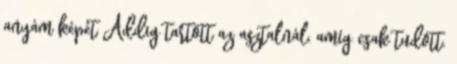
anyám képét Addig tartott az asztalnál, amíg csak tudott.